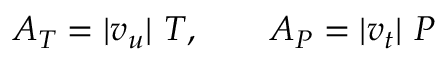
A _ { T } = | v _ { u } | \ T , \qquad A _ { P } = | v _ { t } | \ P